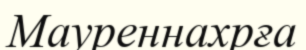
Мауреннахрға